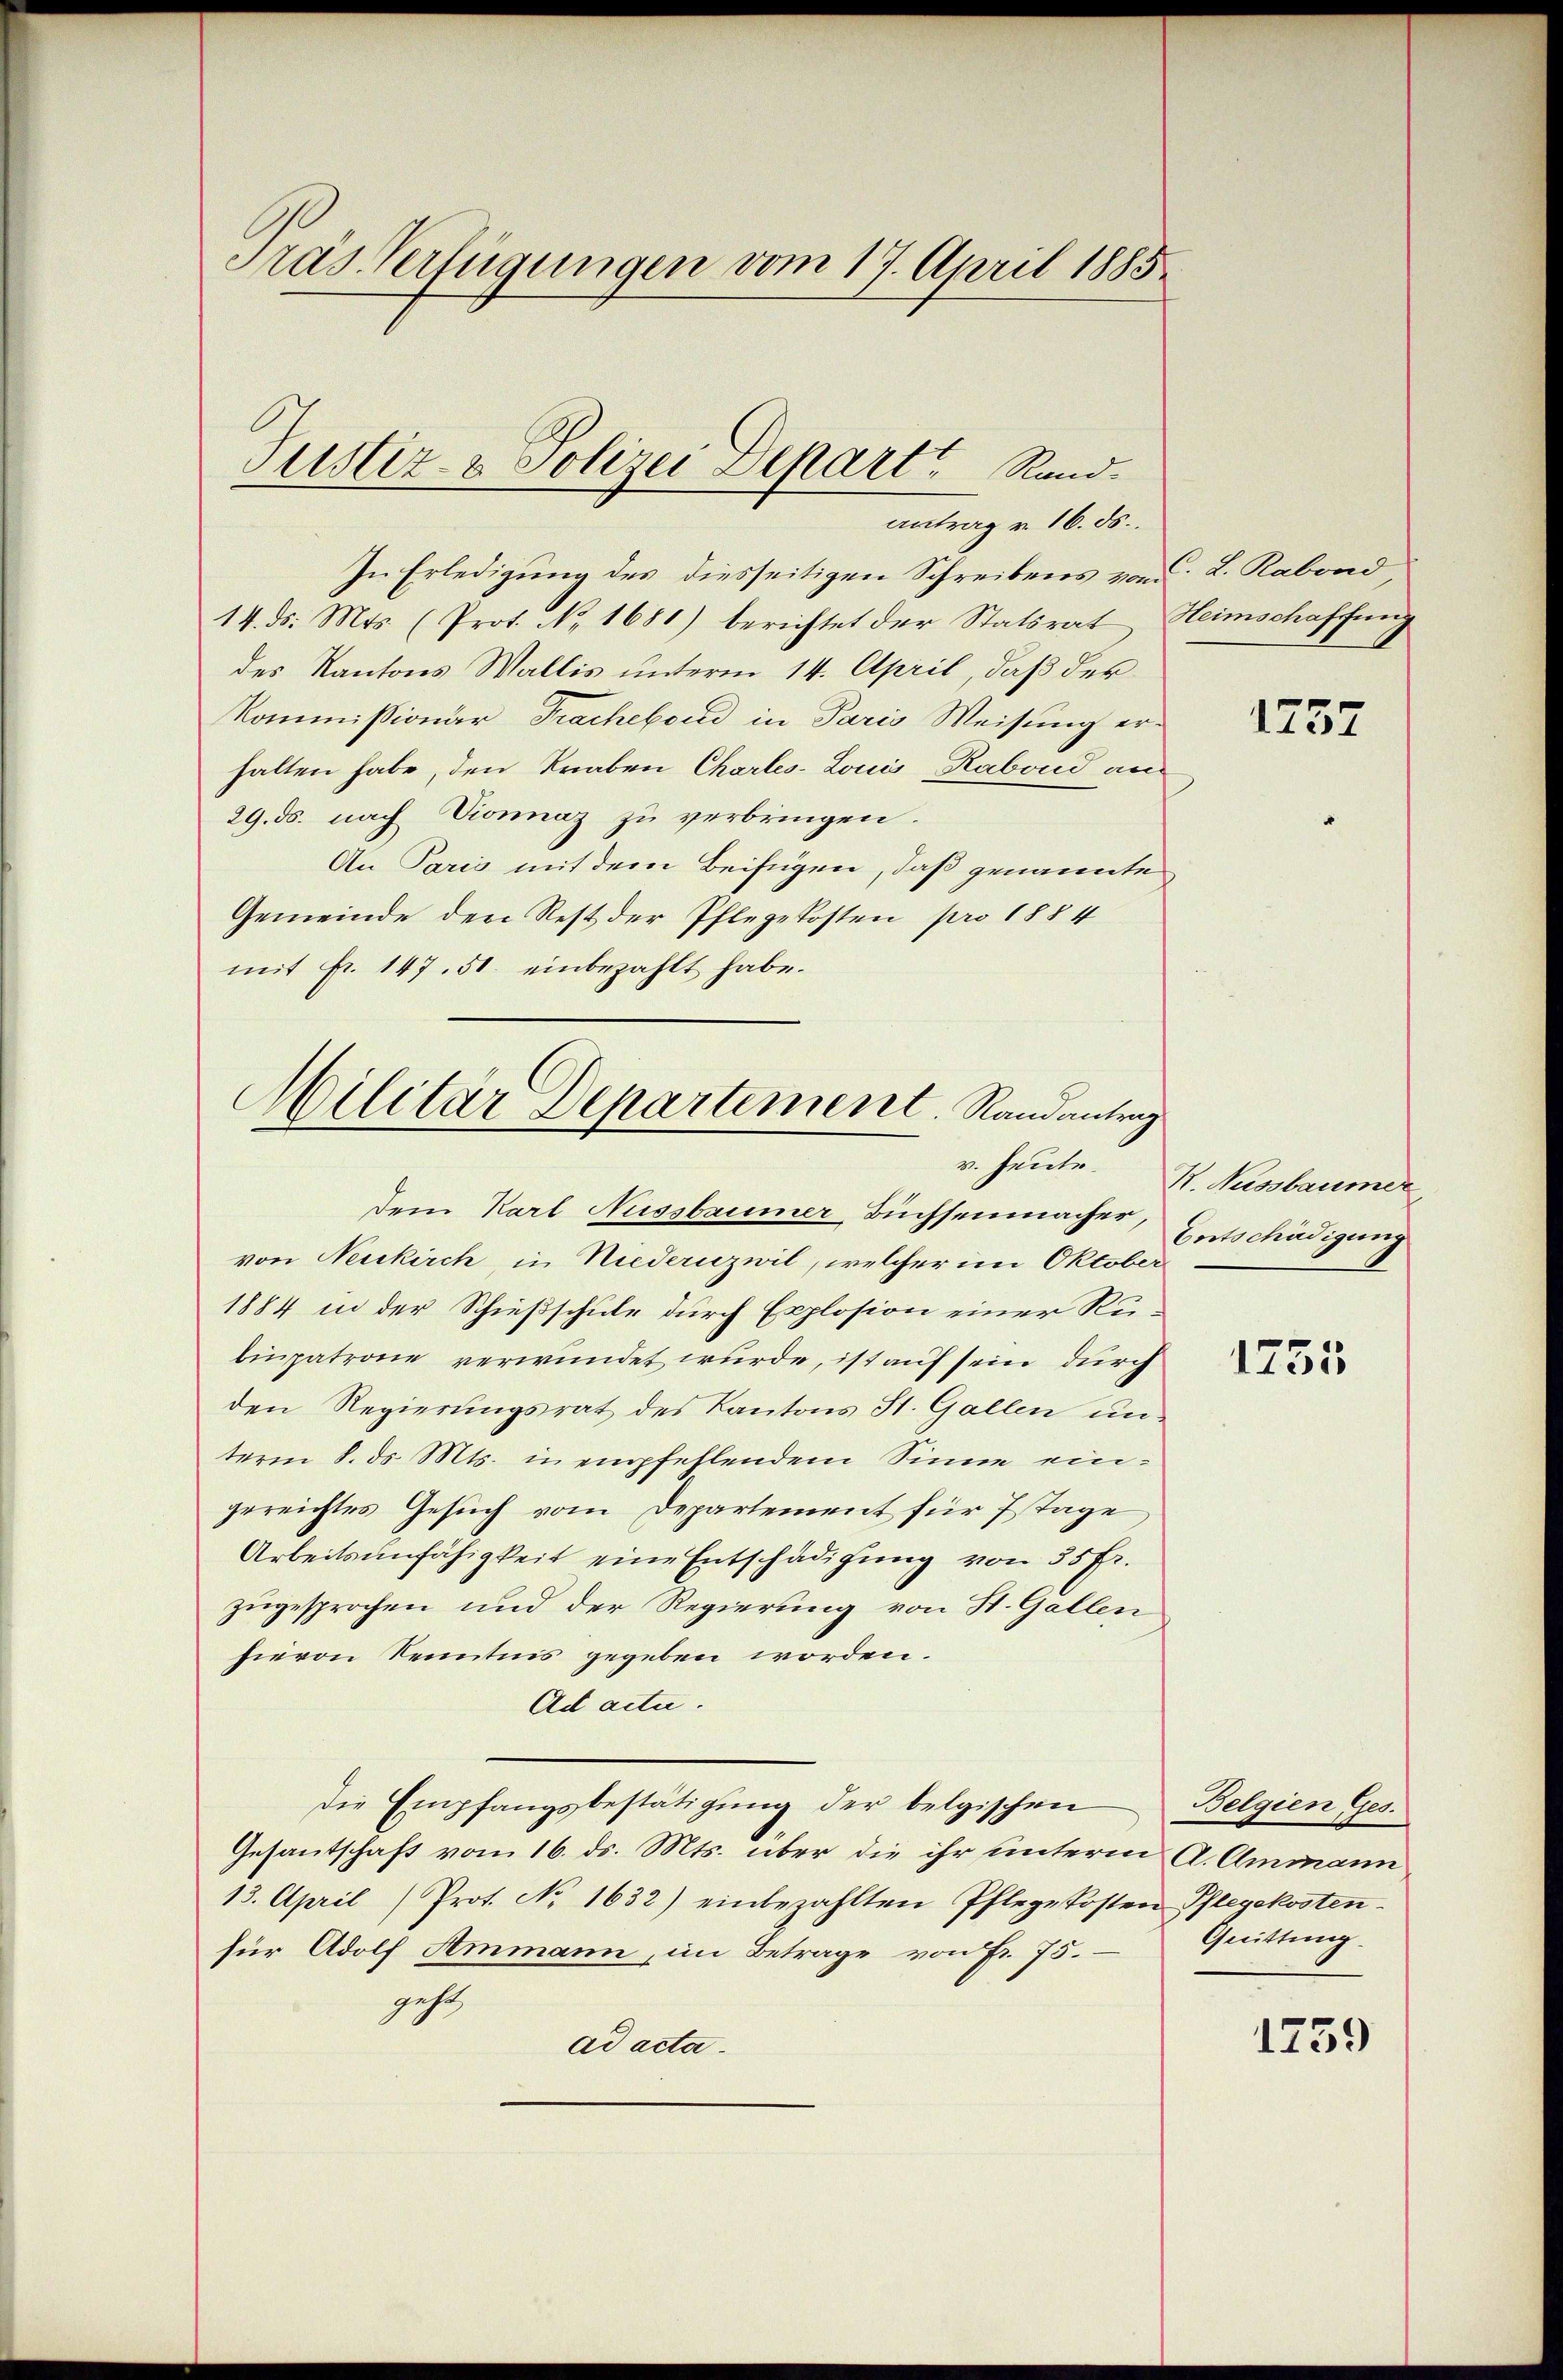
Pras Verfügungen vom 17. April 1885.

Justiz- & Polizei Departe Rund.
antrag v. 16. ds.

In Erledigung des diesseitigen Schreibens vom
14. ds. Mts. (Prot. No. 1681) berichtet der Statsrat Heimschaffung
des Kantons Wallis unterm 14. April, daß der
Kommissionär Trachebend in Paris Weisung erhalten habe, den Knaben Charles-Louis, Rabond an
29. ds. nach Dionnaz zu verbringen.
An Paris mit dem Beifügen, daß genannte
Gemeinde den Rest der Pflegekosten pro 1884
mit fr. 147. 51. einbezahlt habe.
dem Karl Aussbaumer Buchsenmacher,
von Neukirch, in Niederuzwil, welcher im Oktober
1884 in der Schießschule durch Explosion einer Rubinpatrone verwundet wurde, ist auf sein durch
den Regierungsrat des Kantons St. Gallen un
term 8. ds. Mts. in empfehlendem Sinne eingereichtes Gesuch vom Departement für Etage
Arbeitsunfähigkeit eine Entschädigung von 35 Fr.
zugesprochen und der Regierung von St. Gallen
hievon Kenntnis gegeben worden.
Ad actu.
die Empfangsbestätigung der belgischen
Gesantschaft vom 16. ds. Mts. über die ihr unterm A. Ammann
13. April (Prot. No. 1632) einbezahlten Pflegekosten Pflegekosten.
für Adolf Ammann, im Betrage von Fr. 75.
gehe
ad acta.

Militar Departement. Randantrag
v. Heute.

C. L. Rabond

1737

B. Nussbaumer
Entschädigung

1255

Belgien Ges.
Quittung.

1759